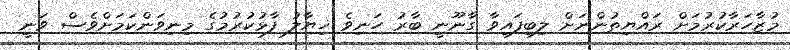
މުޒާހަރާކުރުމަށް ރައްޔިތުންނަށް ލިބިފައިވާ ގާނޫނީ ބާރު ހަނިވެ ޚިޔާލު ފާޅުކުރުމުގެ މިނިވަންކަމަށްވެސް ވަނީ